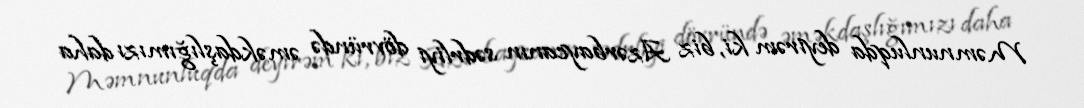
Məmnunluqda deyirəm ki, biz Azərbaycanın sədrliyi dövründə əməkdaşlığımızı daha